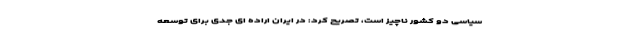
سیاسی دو کشور ناچیز است، تصریح کرد: در ایران اراده ای جدی برای توسعه